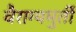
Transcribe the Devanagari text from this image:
वैराग्यमुर्ती